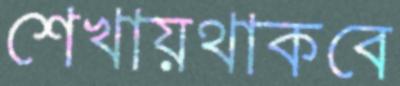
শেখায়থাকবে